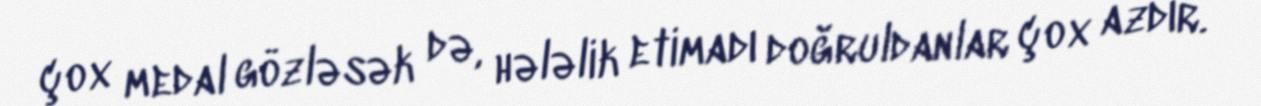
çox medal gözləsək də, hələlik etimadı doğruldanlar çox azdır.